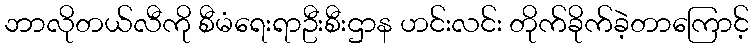
ဘာလိုတယ်လီကို စီမံရေးရာဦးစီးဌာန ဟင်းလင်း တိုက်ခိုက်ခဲ့တာကြောင့်